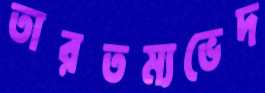
তারতম্যভেদ